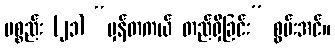
ပစ္စည်း (၂၁) “မှန်တကယ် တည်ရှိခြင်း” စွမ်းအင်။